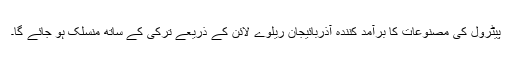
پیٹرول کی مصنوعات کا برآمد کنندہ آذربائیجان ریلوے لائن کے ذریعے ترکی کے ساتھ منسلک ہو جائے گا۔